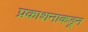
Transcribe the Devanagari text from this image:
प्रकाशनाकडून